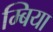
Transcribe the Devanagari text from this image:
म्बिया